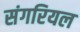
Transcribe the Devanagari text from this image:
संगरियल